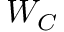
W _ { C }